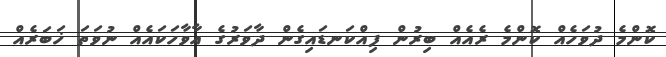
ކޮންމެ ދުވަހެއް ކޮންމެ ރެއެއް ބިރުން ފިއްކަނޑައިގެން ދާވަރުގެ އާވާހަކައެއް ނުވަތަ ޚަބަރެއް